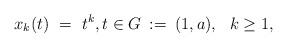
LaTeX: \begin{align*} x_k(t) \ = \ t^k, t \in G \::=\:(1,a), \ \ k\geq 1,\end{align*}